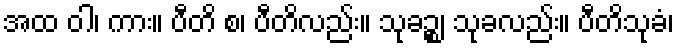
အထ ဝါ၊ ကား။ ပီတိ စ၊ ပီတိလည်း။ သုခဉ္စ၊ သုခလည်း။ ပီတိသုခံ၊